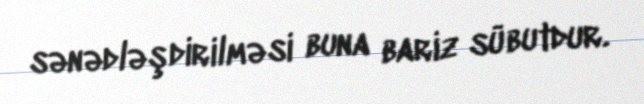
sənədləşdirilməsi buna bariz sübutdur.